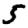
Digit: 5